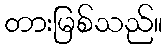
တားမြစ်သည်။